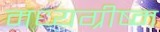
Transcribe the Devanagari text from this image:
मध्यग्रीष्म